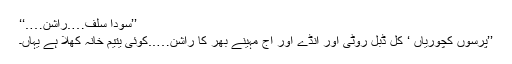
’’سودا سلف….راشن….‘‘
’’پرسوں کچوریاں ‘ کل ڈبل روٹی اور انڈے اور آج مہینے بھر کا راشن…..کوئی یتیم خانہ کھلا ہے یہاں۔